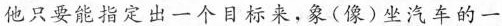
他只要能指定出一个目标来，象(像)坐汽车的一